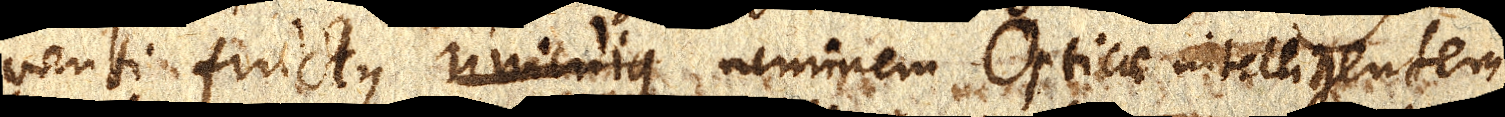
venti fructus unicuique neminem Opticae intelligentem